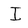
Character: I